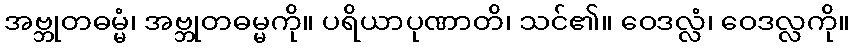
အဗ္ဘုတဓမ္မံ၊ အဗ္ဘုတဓမ္မကို။ ပရိယာပုဏာတိ၊ သင်၏။ ဝေဒလ္လံ၊ ဝေဒလ္လကို။